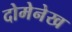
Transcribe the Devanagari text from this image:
दोमेनेख